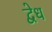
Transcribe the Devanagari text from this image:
द्वेध